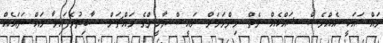
މައްސައަކީ އެއްވެސް ޝައްކެއް ނެތް މިންވަރަށް ރައީސް ޔާމީންގެ މައްޗަށް ސާބިތުވެފައިވާ މައްސަލައެއް